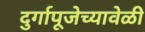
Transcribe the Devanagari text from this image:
दुर्गापूजेच्यावेळी